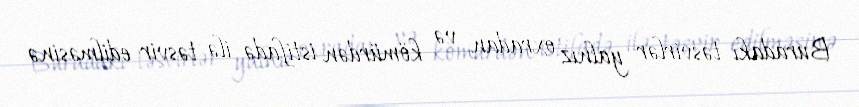
Buradakı təsvirlər yalnız oxradan və kömürdən istifadə ilə təsvir edilməsinə